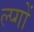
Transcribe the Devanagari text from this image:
ल्प्गों